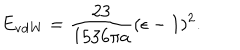
E _ { \mathrm { v d W } } = { \frac { 2 3 } { 1 5 3 6 \pi a } } ( \epsilon - 1 ) ^ { 2 } .